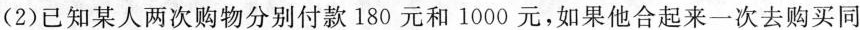
(2)已知某人两次购物分别付款180元和1000元，如果他合起来一次去购买同